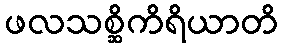
ဖလသစ္ဆိကိရိယာတိ